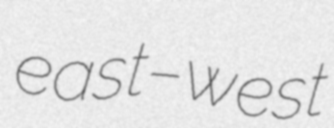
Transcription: east–west